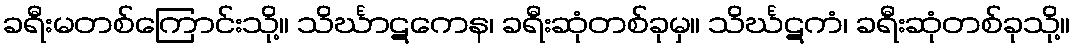
ခရီးမတစ်ကြောင်းသို့။ သိင်္ဃာဋကေန၊ ခရီးဆုံတစ်ခုမှ။ သိင်္ဃဋကံ၊ ခရီးဆုံတစ်ခုသို့။